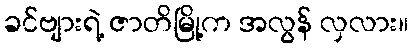
ခင်ဗျားရဲ့ ဇာတိမြို့က အလွန် လှလား။